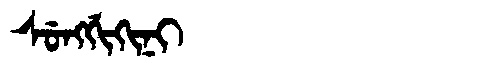
Manchu: ᠰᡠᠩᡤᡳᡴᡳᠨᡳ
Romanization: SUNGGIKINI